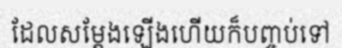
ដែលសម្តែងឡើងហើយក៏បញ្ចប់ទៅ